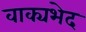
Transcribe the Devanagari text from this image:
वाक्यभेद